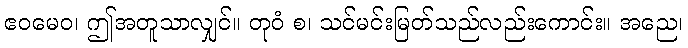
ဧဝမေဝ၊ ဤအတူသာလျှင်။ တုဝံ စ၊ သင်မင်းမြတ်သည်လည်းကောင်း။ အညေ၊